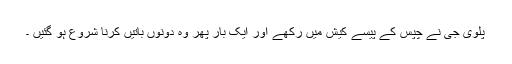
پلوی جی نے چپس کے پیسے کیش میں رکھے اور ایک بار پھر وہ دونوں باتیں کرنا شروع ہو گئیں ۔